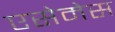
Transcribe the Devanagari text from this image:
एसेमेस